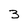
Character: 3